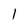
Character: l